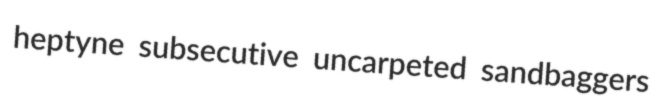
heptyne subsecutive uncarpeted sandbaggers